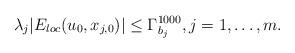
LaTeX: \begin{align*}\lambda_{j}|E_{loc}(u_{0},x_{j,0})|\leq \Gamma_{b_{j}}^{1000}, j=1,\dots, m.\end{align*}